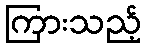
ကြားသည့်